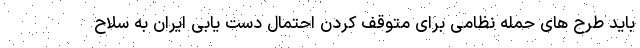
باید طرح های حمله نظامی برای متوقف کردن احتمال دست یابی ایران به سلاح